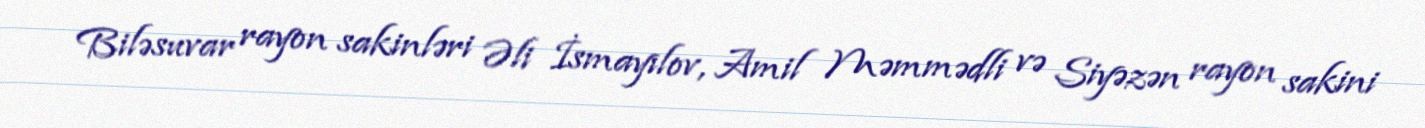
Biləsuvar rayon sakinləri Əli İsmayılov, Amil Məmmədli və Siyəzən rayon sakini